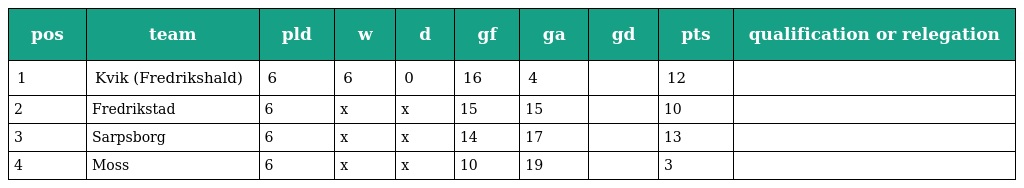
| pos | team | pld | w | d | gf | ga | gd | pts | qualification or relegation |
 | --- | --- | --- | --- | --- | --- | --- | --- | --- | --- |
 | 1 | Kvik (Fredrikshald) | 6 | 6 | 0 | 16 | 4 |  | 12 |  |
 | 2 | Fredrikstad | 6 | x | x | 15 | 15 |  | 10 |  |
 | 3 | Sarpsborg | 6 | x | x | 14 | 17 |  | 13 |  |
 | 4 | Moss | 6 | x | x | 10 | 19 |  | 3 |  |